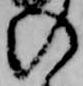
の